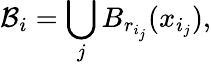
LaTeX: \mathcal{B}_{i}=\bigcup_{j}B_{r_{i_{j}}}(x_{i_{j}}),